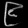
Digit: ၉